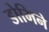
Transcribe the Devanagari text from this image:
डोमिने